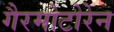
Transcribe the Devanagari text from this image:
गैरमोटोरेन